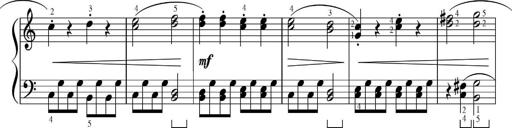
Title: Sonatinas
Composer: Andrew Violette